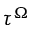
\tau ^ { \Omega }